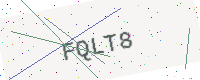
Text: FQLT8